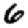
Digit: 6